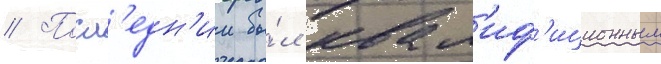
// Посл'едн'ии бы́л квал'иф'иционным